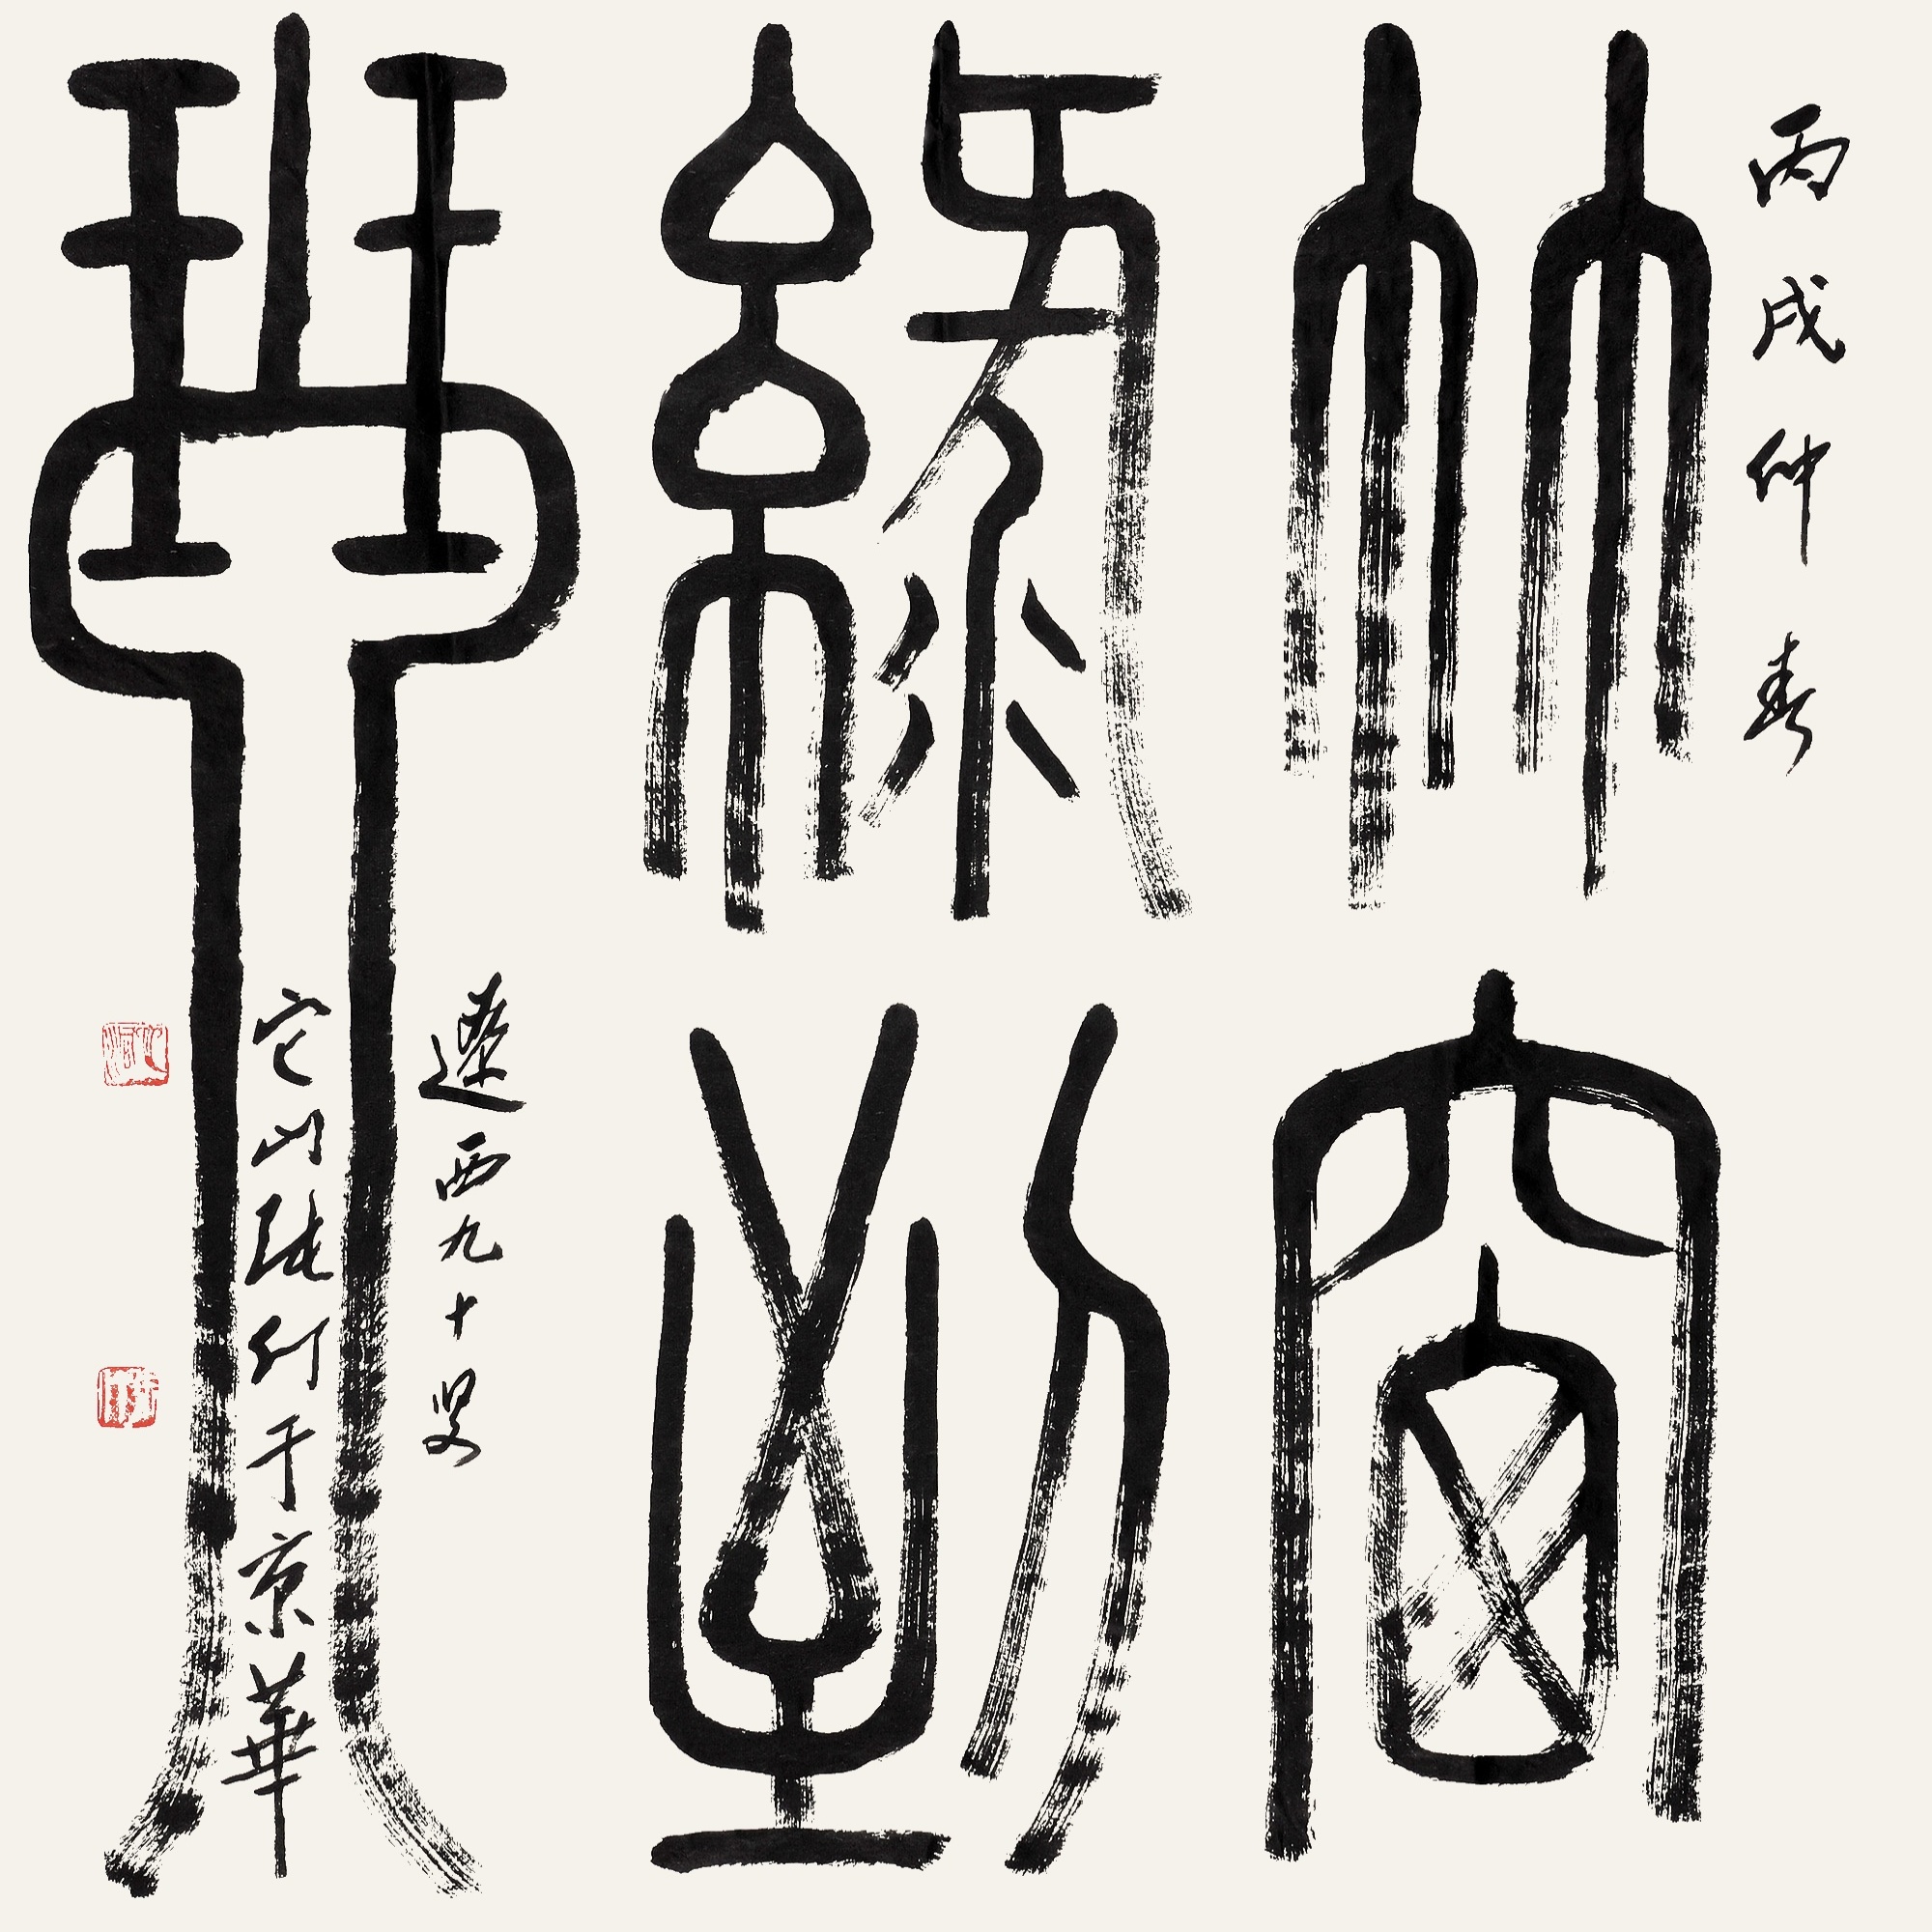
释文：竹窗绿到琴。丙戌仲春，辽西九十叟，它山张仃于京华。